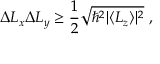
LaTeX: \Delta L _ { x } \Delta L _ { y } \geq { \frac { 1 } { 2 } } { \sqrt { \hbar ^ { 2 } | \langle L _ { z } \rangle | ^ { 2 } } } ~ ,